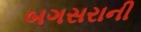
બગસરાની